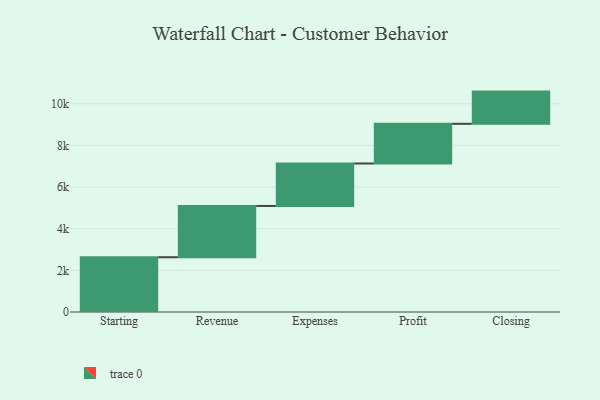
{"axis": {"x": "Step", "y": "Value"}, "legend": [""], "data": [{"x": "Starting", "y": 2631.0, "type": ""}, {"x": "Revenue", "y": 2463.0, "type": ""}, {"x": "Expenses", "y": 2040.0, "type": ""}, {"x": "Profit", "y": 1907.0, "type": ""}, {"x": "Closing", "y": 1547.0, "type": ""}]}